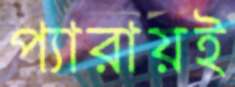
প্যারায়ই